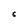
Character: 8